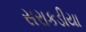
સરાકડીયા